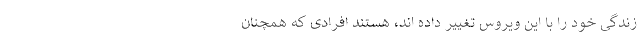
زندگی خود را با این ویروس تغییر داده اند، ‌هستند افرادی که همچنان